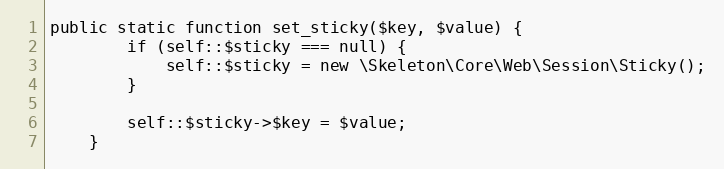
Language: PHP
public static function set_sticky($key, $value) {
		if (self::$sticky === null) {
			self::$sticky = new \Skeleton\Core\Web\Session\Sticky();
		}

		self::$sticky->$key = $value;
	}